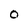
Character: O